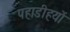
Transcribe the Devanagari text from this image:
पहाडीहयों